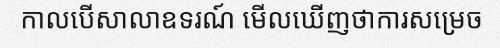
កាលបើសាលាឧទរណ៍ មើលឃើញថាការសម្រេច